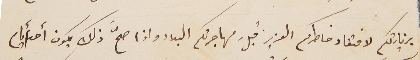
بزيارتكم لافتقاد خاطركم العزيز قبلَ مهاجرتكم البلاد واذا صحَّ ذلك يكون أحد أيام